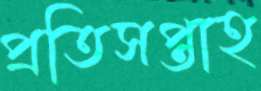
প্রতিসপ্তাহ